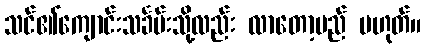
သင်၏ကျောင်းသင်္ခမ်းသို့လည်း လာတော့မည် မဟုတ်။